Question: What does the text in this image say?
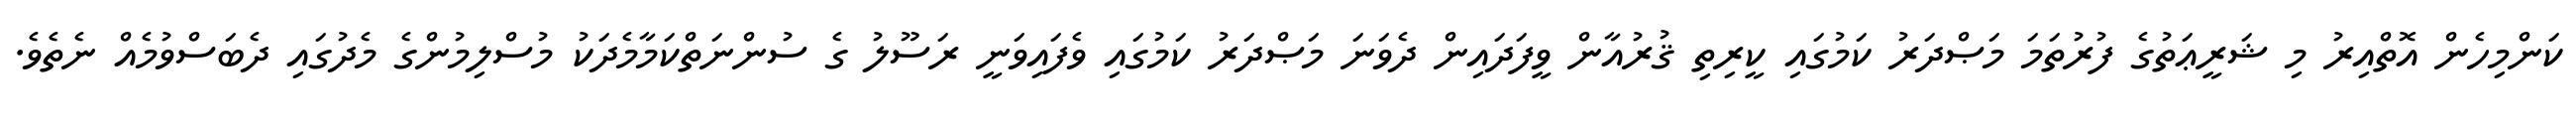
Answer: ކަންމިހެން އޮތްއިރު މި ޝަރީޢަތުގެ ފުރުތަމަ މަޞްދަރު ކަމުގައި ކީރިތި ޤުރުއާން ވީފަދައިން ދެވަނަ މަޞްދަރު ކަމުގައި ވެފައިވަނީ ރަސޫލު ގެ ސުންނަތްކަމާމެދަކު މުސްލިމުންގެ މެދުގައި ދެބަސްވުމެއް ނެތެވެ.